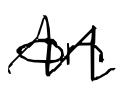
Text: on
Cross-out: zig-zag
Writing tool: digital_black